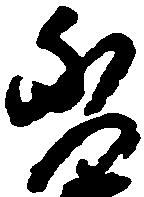
秀